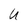
Character: U